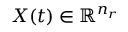
X ( t ) \in \mathbb { R } ^ { n _ { r } }